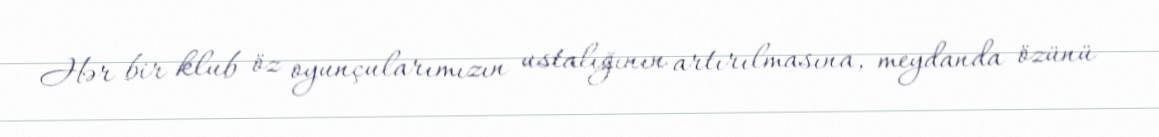
Hər bir klub öz oyunçularımızın ustalığının artırılmasına, meydanda özünü